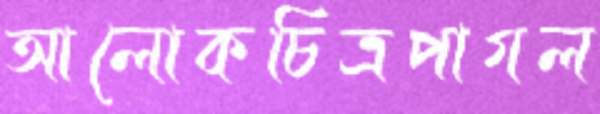
আলোকচিত্রপাগল